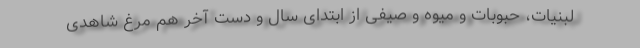
لبنیات، حبوبات و میوه و صیفی از ابتدای سال و دست آخر هم مرغ شاهدی